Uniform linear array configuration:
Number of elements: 24
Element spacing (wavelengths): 0.5
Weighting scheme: blackman
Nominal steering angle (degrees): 15
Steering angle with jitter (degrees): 13.873
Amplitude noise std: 0.05
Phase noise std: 0.05

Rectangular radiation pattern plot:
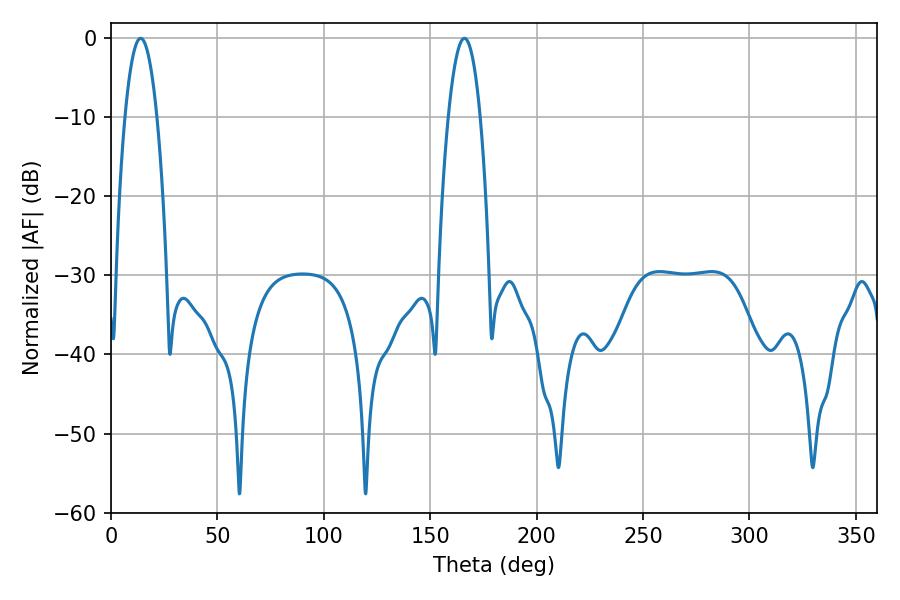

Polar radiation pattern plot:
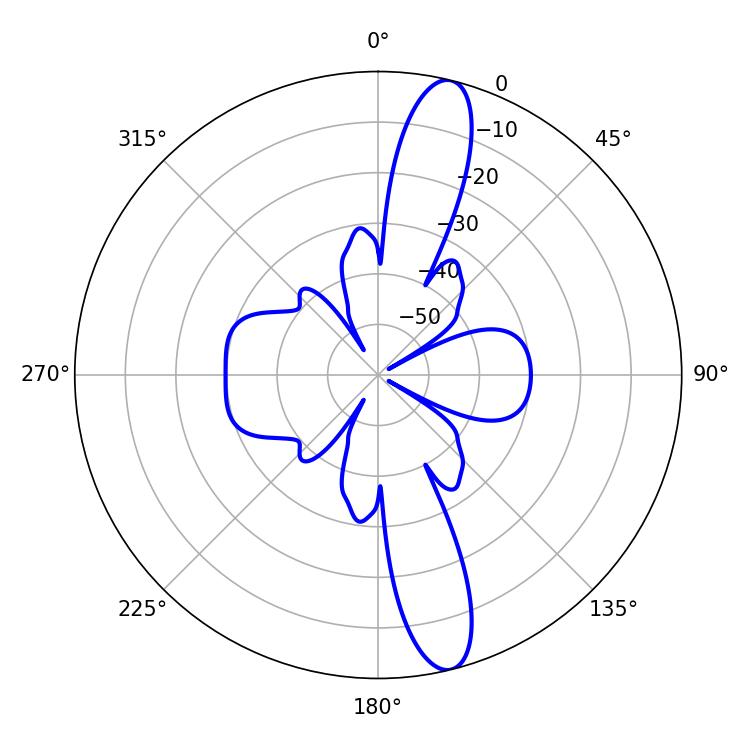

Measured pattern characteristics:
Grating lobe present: FALSE
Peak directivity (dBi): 14.279
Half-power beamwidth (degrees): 8.28
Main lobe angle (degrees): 13.86